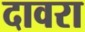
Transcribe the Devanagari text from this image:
दावरा